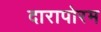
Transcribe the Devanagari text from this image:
दारापोरम